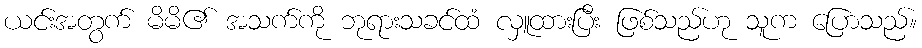
ယင်းအတွက် မိမိ၏ အသက်ကို ဘုရားသခင်ထံ လှူထားပြီး ဖြစ်သည်ဟု သူက ပြောသည်။